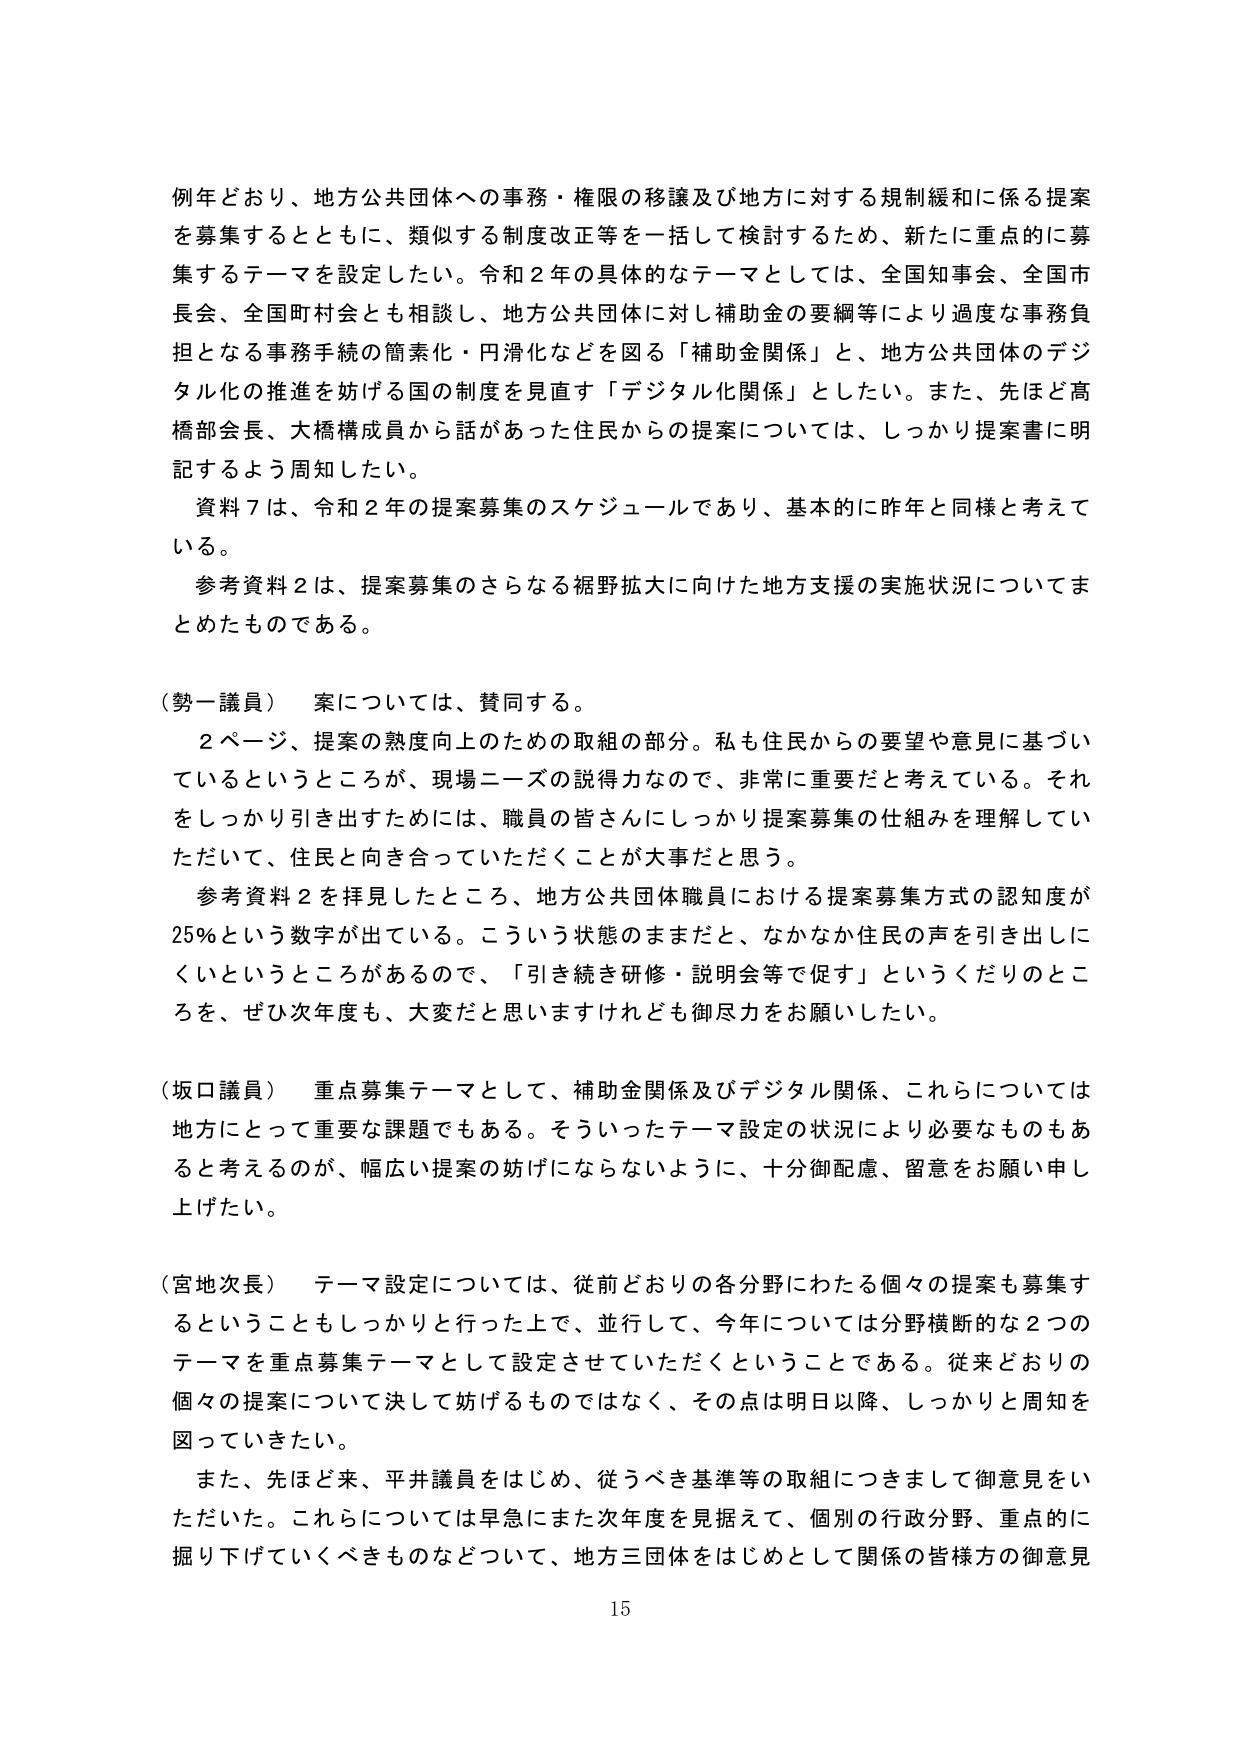
例年どおり、地方公共団体への事務・権限の移譲及び地方に対する規制緩和に係る提案を募集するとともに、類似する制度改正等を一括して検討するため、新たに重点的に募集するテーマを設定したい。令和２年の具体的なテーマとしては、全国知事会、全国市長会、全国町村会とも相談し、地方公共団体に対し補助金の要綱等により過度な事務負担となる事務手続の簡素化・円滑化などを図る「補助金関係」と、地方公共団体のデジタル化の推進を妨げる国の制度を見直す「デジタル化関係」としたい。また、先ほど高橋部会長、大橋構成員から話があった住民からの提案については、しっかり提案書に明記するよう周知したい。

資料７は、令和２年の提案募集のスケジュールであり、基本的に昨年と同様と考えている。

参考資料２は、提案募集のさらなる裾野拡大に向けた地方支援の実施状況についてまとめたものである。

（勢一議員） 案については、賛同する。

２ページ、提案の熟度向上のための取組の部分。私も住民からの要望や意見に基づいているというところが、現場ニーズの説得力なので、非常に重要だと考えている。それをしっかり引き出すためには、職員の皆さんにしっかり提案募集の仕組みを理解していただいて、住民と向き合っていただくことが大事だと思う。

参考資料２を拝見したところ、地方公共団体職員における提案募集方式の認知度が25％という数字が出ている。こういう状態のままだと、なかなか住民の声を引き出しにくいというところがあるので、「引き続き研修・説明会等で促す」というくだりのところを、ぜひ次年度も、大変だと思いますけれども御尽力をお願いしたい。

（坂口議員） 重点募集テーマとして、補助金関係及びデジタル関係、これらについては地方にとって重要な課題でもある。そういったテーマ設定の状況により必要なものもあると考えるのが、幅広い提案の妨げにならないように、十分御配慮、留意をお願い申し上げたい。

（宮地次長） テーマ設定については、従前どおりの各分野にわたる個々の提案も募集するということもしっかり行った上で、並行して、今年については分野横断的な２つのテーマを重点募集テーマとして設定させていただくということである。従来どおりの個々の提案について決して妨げるものではなく、その点は明日以降、しっかりと周知を図っていきたい。

また、先ほど来、平井議員をはじめ、従うべき基準等の取組につきまして御意見をいただいた。これらについては早急にまた次年度を見据えて、個別の行政分野、重点的に掘り下げていくべきものなどについて、地方三団体をはじめとして関係の皆様方の御意見

15